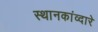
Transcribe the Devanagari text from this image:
स्थानकांव्दारे